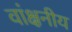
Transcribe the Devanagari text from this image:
वांक्षनीय